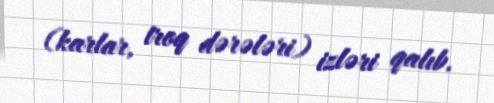
(karlar, troq dərələri) izləri qalıb.